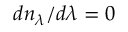
d n _ { \lambda } / d \lambda = 0